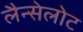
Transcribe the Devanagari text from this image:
लैन्सेलोट